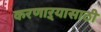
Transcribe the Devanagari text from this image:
करणाऱ्यासाठी